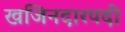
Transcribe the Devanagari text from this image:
खजिनदारपदी